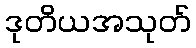
ဒုတိယအသုတ်